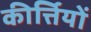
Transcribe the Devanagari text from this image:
कीर्त्तियों